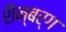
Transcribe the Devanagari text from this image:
शैन्बर्ग